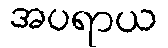
အပရာယ